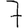
Digit: 7